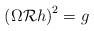
LaTeX: \begin{align*}\left( \Omega {\cal R} h\right)^2 =g\end{align*}